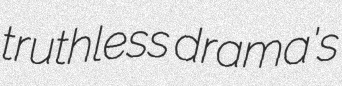
truthless drama's